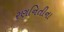
રણનિતીના